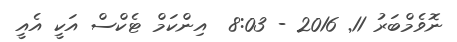
ނޮވެމްބަރު 11